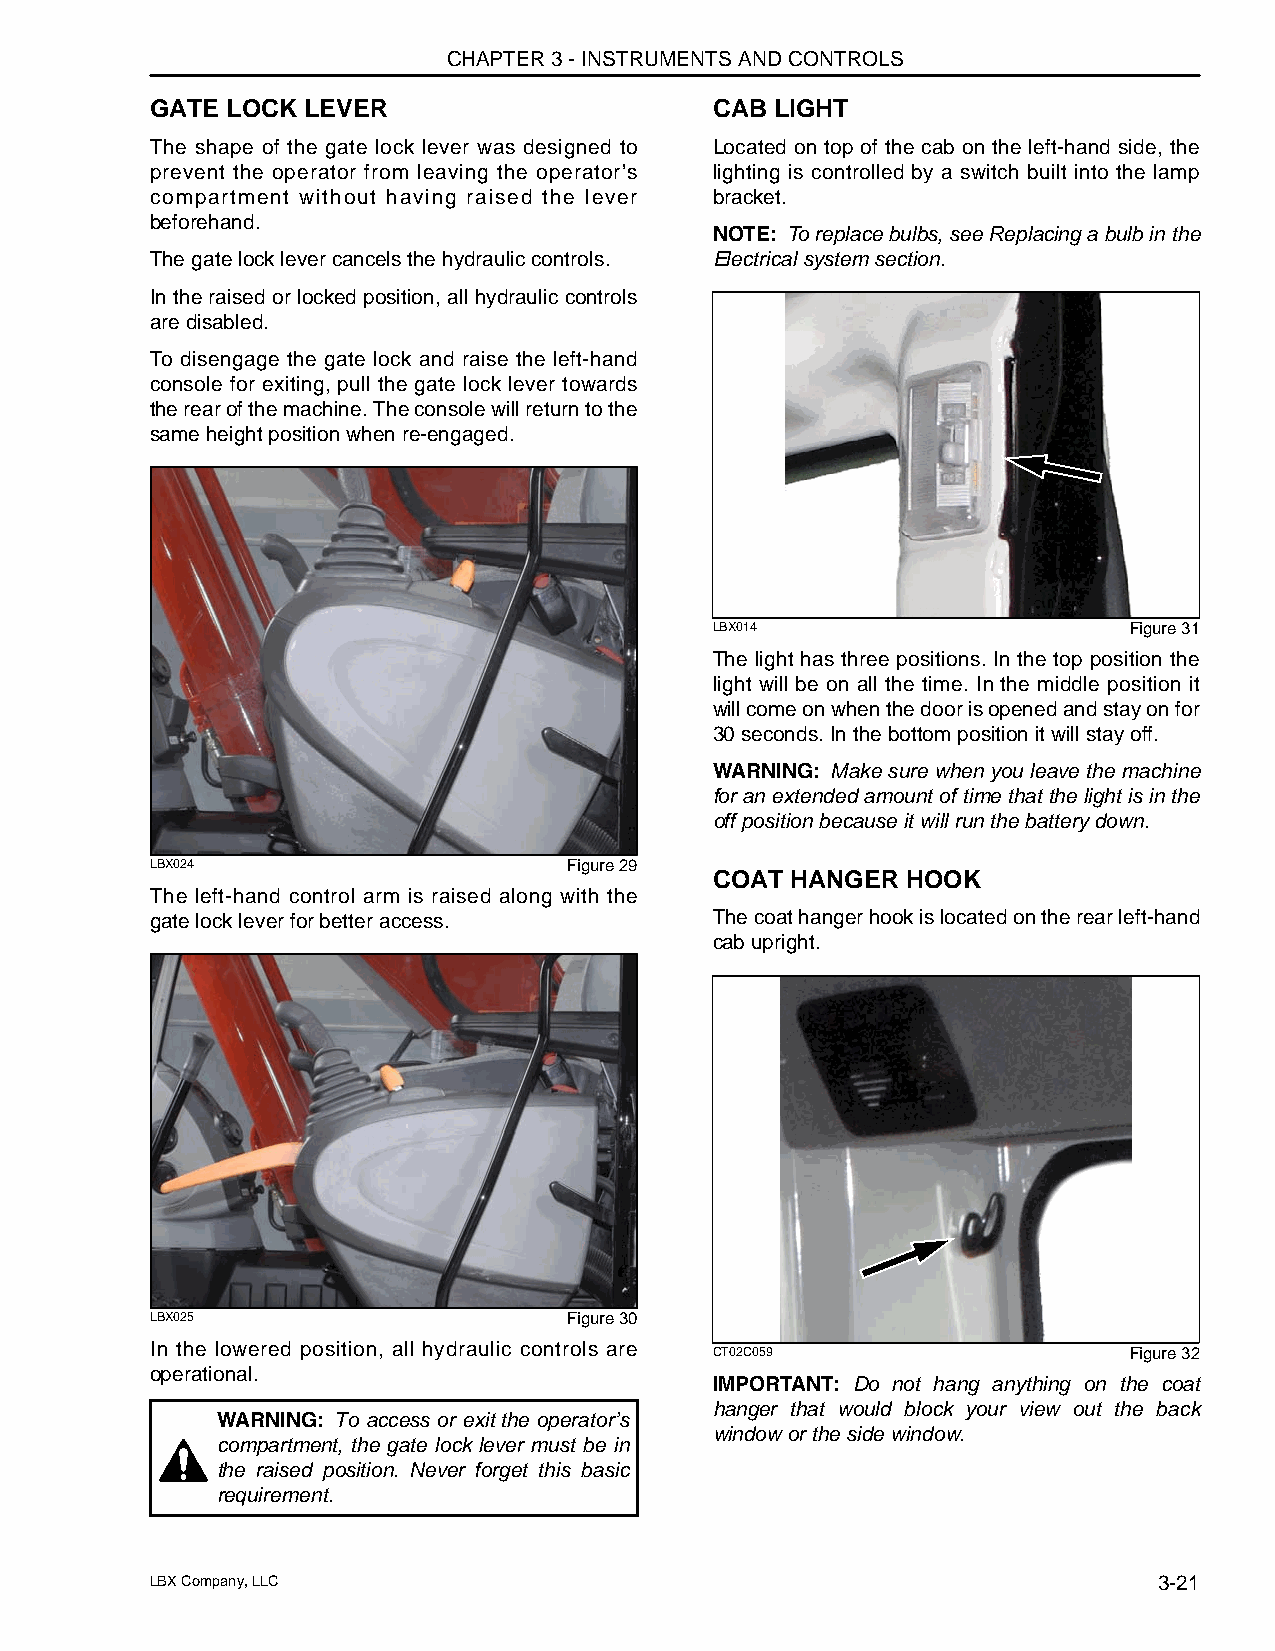
CHAPTER 3 - INSTRUMENTS AND CONTROLS
 GATE LOCK LEVER                      CAB LIGHT
 The shape of the gate lock lever was designed to Located on top of the cab on the left-hand side, the
 prevent the operator from leaving the operator’s lighting is controlled by a switch built into the lamp
 compartment without having raised the lever bracket.
 beforehand.
 NOTE: To replace bulbs, see Replacing a bulb in the
 The gate lock lever cancels the hydraulic controls. Electrical system section.
 In the raised or locked position, all hydraulic controls
 are disabled.
 To disengage the gate lock and raise the left-hand
 console for exiting, pull the gate lock lever towards
 the rear of the machine. The console will return to the
 same height position when re-engaged.
 LBX014                      Figure 31
 The light has three positions. In the top position the
 light will be on all the time. In the middle position it
 will come on when the door is opened and stay on for
 30 seconds. In the bottom position it will stay off.
 WARNING: Make sure when you leave the machine
 for an extended amount of time that the light is in the
 off position because it will run the battery down.
 LBX024                      Figure 29
 COAT HANGER  HOOK
 The left-hand control arm is raised along with the
 gate lock lever for better access.   The coat hanger hook is located on the rear left-hand
 cab upright.
 LBX025                      Figure 30
 In the lowered position, all hydraulic controls are CT02C059     Figure 32
 operational.
 IMPORTANT: Do not hang anything on the coat
 hanger that would block your view out the back
 WARNING: To access or exit the operator’s
 window or the side window.
 compartment, the gate lock lever must be in
 the raised position. Never forget this basic
 requirement.
 LBX Company, LLC                                                   3-21